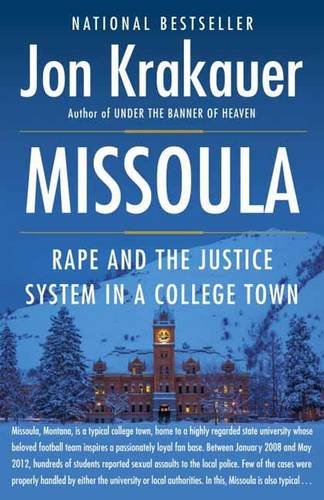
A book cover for Missoula: Rape and the Justice System in a College Town; Jon Krakauer; Politics & Social Sciences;